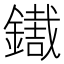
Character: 𨭓